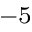
^ { - 5 }